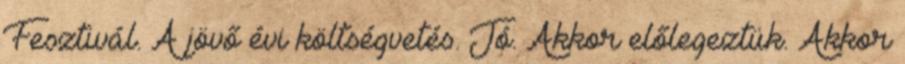
Fesztivál. A jövő évi költségvetés. Jó. Akkor előlegeztük. Akkor